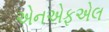
એનએફએલ